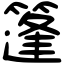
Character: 篷